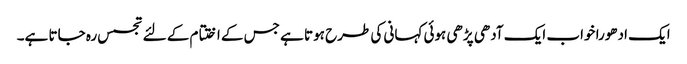
ایک ادھورا خواب ایک آدھی پڑھی ہوئی کہانی کی طرح‌ ہوتا ہے جس کے اختتام کے لئے تجسس رہ جاتا ہے۔